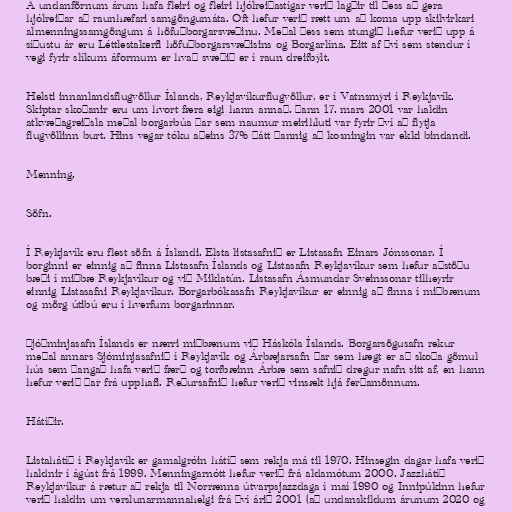
Á undanförnum árum hafa fleiri og fleiri hjólreiðastígar verið lagðir til þess að gera
hjólreiðar að raunhæfari samgöngumáta. Oft hefur verið rætt um að koma upp skilvirkari
almenningssamgöngum á höfuðborgarsvæðinu. Meðal þess sem stungið hefur verið upp á
síðustu ár eru Léttlestakerfi höfuðborgarsvæðisins og Borgarlína. Eitt af því sem stendur í
vegi fyrir slíkum áformum er hvað svæðið er í raun dreifbýlt.

Helsti innanlandsflugvöllur Íslands, Reykjavíkurflugvöllur, er í Vatnsmýri í Reykjavík.
Skiptar skoðanir eru um hvort færa eigi hann annað. Þann 17. mars 2001 var haldin
atkvæðagreiðsla meðal borgarbúa þar sem naumur meirihluti var fyrir því að flytja
flugvöllinn burt. Hins vegar tóku aðeins 37% þátt þannig að kosningin var ekki bindandi.

Menning.

Söfn.

Í Reykjavík eru flest söfn á Íslandi. Elsta listasafnið er Listasafn Einars Jónssonar. Í
borginni er einnig að finna Listasafn Íslands og Listasafn Reykjavíkur sem hefur aðstöðu
bæði í miðbæ Reykjavíkur og við Miklatún. Listasafn Ásmundar Sveinssonar tilheyrir
einnig Listasafni Reykjavíkur. Borgarbókasafn Reykjavíkur er einnig að finna í miðbænum
og mörg útibú eru í hverfum borgarinnar.

Þjóðminjasafn Íslands er nærri miðbænum við Háskóla Íslands. Borgarsögusafn rekur
meðal annars Sjóminjasafnið í Reykjavík og Árbæjarsafn þar sem hægt er að skoða gömul
hús sem þangað hafa verið færð og torfbæinn Árbæ sem safnið dregur nafn sitt af, en hann
hefur verið þar frá upphafi. Reðursafnið hefur verið vinsælt hjá ferðamönnum.

Hátíðir.

Listahátíð í Reykjavík er gamalgróin hátíð sem rekja má til 1970. Hinsegin dagar hafa verið
haldnir í ágúst frá 1999. Menningarnótt hefur verið frá aldamótum 2000. Jazzhátíð
Reykjavíkur á rætur að rekja til Norrænna útvarpsjazzdaga í maí 1990 og Innipúkinn hefur
verið haldin um verslunarmannahelgi frá því árið 2001 (að undanskildum árunum 2020 og